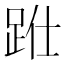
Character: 𨀋